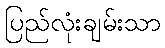
ပြည်လုံးချမ်းသာ